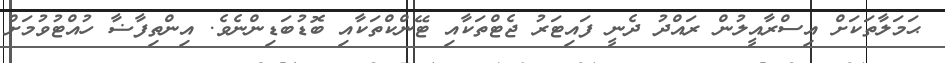
ޙަމަލާތަކަށް އިސްރާއީލުން ރައްދު ދެނީ ފައިޓަރު ޖެޓްތަކާއި ޓޭންކްތަކާއި ބޮޑުބަޑިންނެވެ. އިންތިފާޟާ ހުއްޓުވުމަށް